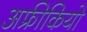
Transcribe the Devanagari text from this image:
अफ्रीकियो